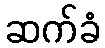
ဆက်ခံ